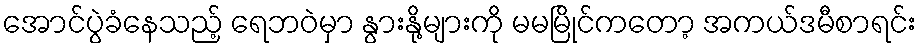
အောင်ပွဲခံနေသည့် ရေဘဝဲမှာ နွားနို့များကို မမမြိုင်ကတော့ အကယ်ဒမီစာရင်း